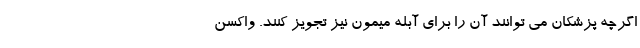
اگرچه پزشکان می توانند آن را برای آبله میمون نیز تجویز کنند. واکسن